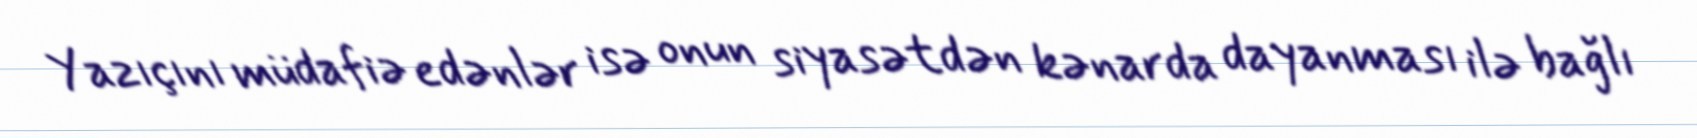
Yazıçını müdafiə edənlər isə onun siyasətdən kənarda dayanması ilə bağlı